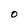
Character: O